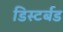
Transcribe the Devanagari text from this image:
डिस्टर्बड